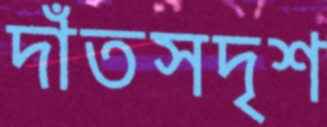
দাঁতসদৃশ